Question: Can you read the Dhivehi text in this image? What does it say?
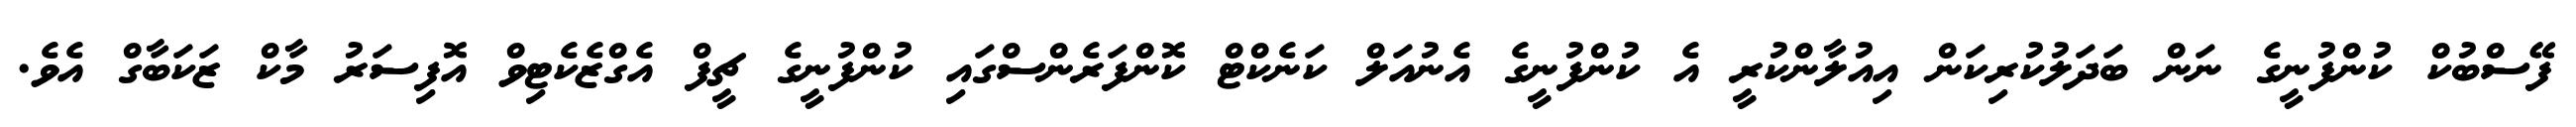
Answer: ފޭސްބުކް ކުންފުނީގެ ނަން ބަދަލުކުރިކަން އިއުލާންކުރީ އެ ކުންފުނީގެ އެނުއަލް ކަނެކްޓް ކޮންފަރެންސްގައި ކުންފުނީގެ ޗީފް އެގްޒެކެޓިވް އޮފިސަރު މާކް ޒަކަބާގް އެވެ.